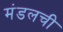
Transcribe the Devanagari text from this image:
मंडलची